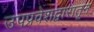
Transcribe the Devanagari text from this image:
उपप्रवेशद्वारातून